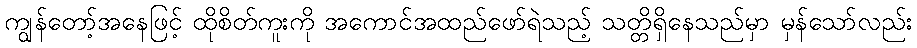
ကျွန်တော့်အနေဖြင့် ထိုစိတ်ကူးကို အကောင်အထည်ဖော်ရဲသည့် သတ္တိရှိနေသည်မှာ မှန်သော်လည်း